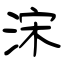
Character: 浨